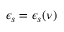
\epsilon _ { s } = \epsilon _ { s } ( \nu )